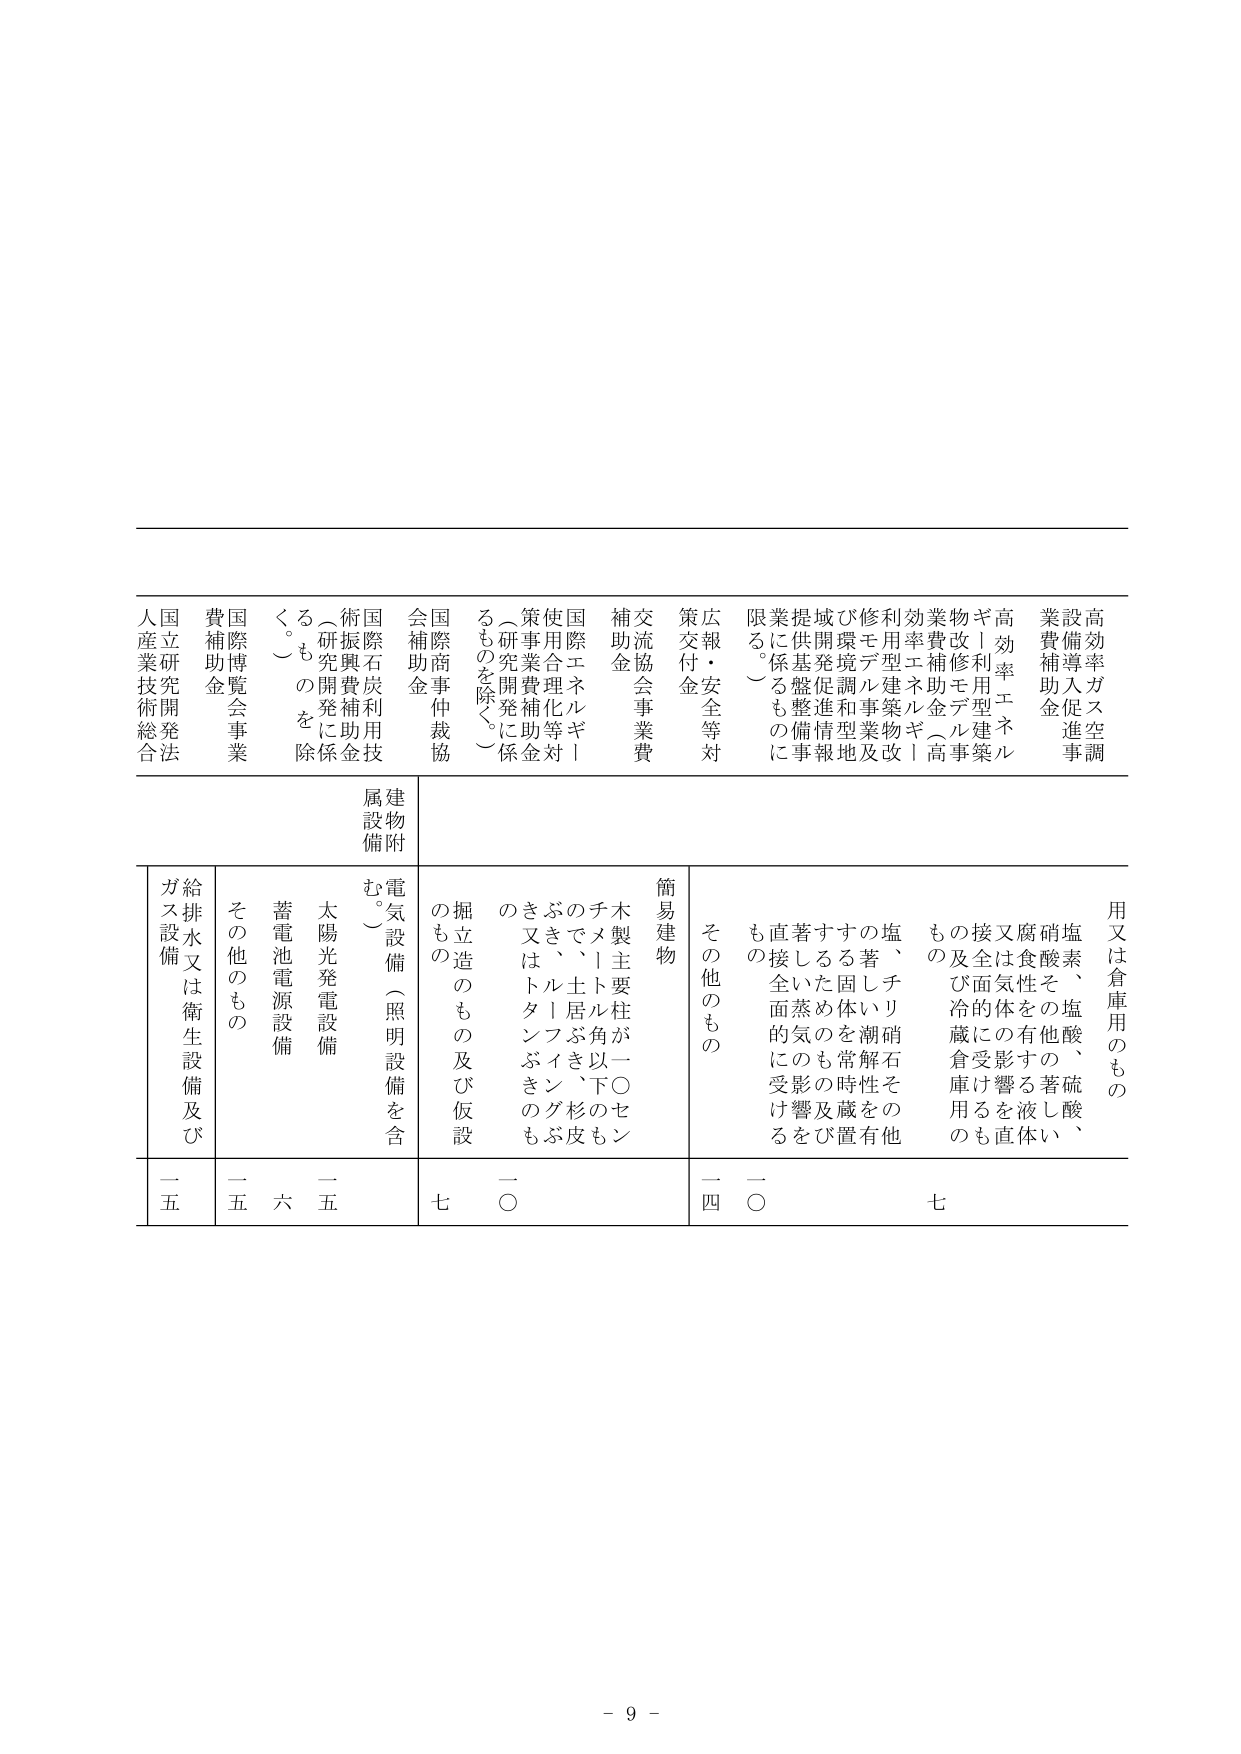
高効率ガス促進調
業費補助金
高効率エネルギー
ギリ用型建築
物費修繕金
効率補助金（高
利型エネルギー
修繕型建築物及
び環境調和型地
域開発促進情報
提供基盤整備事
業に係るものに
限る。）
広報・安全等対
策交付金
交流協会事業費
補助金
国際エネルギー
使用合理化等対
策事業費補助金
（研究開発に係
るものを除く。）
国際商事仲裁協
会補助金
国際石炭利用技
術振興費補助金
（研究開発に係
るものを除く。）
国際博覧会事業
費補助金
国立研究開発法
人産業技術総合
用又は倉庫用のもの
塩素、塩酸、硫酸、
硝酸その他著しい
腐食性を有する液体
又は気体の有機体
接及び冷蔵倉庫用の
もの
簡易建物
木製主要柱が一〇セン
チメートル角以下のも
ので、土居、杉の皮、
ぶき、ルーフィング、
きヌは、タンボキの
もの
掘立造のもの及び仮設
のもの
電気設備（照明設備を含
む。）
太陽光発電設備
蓄電池電源設備
その他のもの
給排水又は衛生設備及び
ガス設備
その他のもの
一四
一〇
一〇
七
一五
一六
一五
七
- 9 -